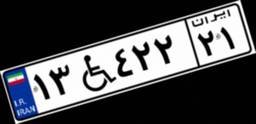
۱۳W۳۶۸۵۹